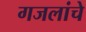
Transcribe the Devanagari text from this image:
गजलांचे